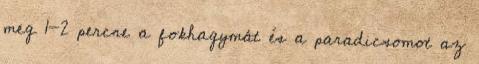
meg 1-2 percre a fokhagymát és a paradicsomot az